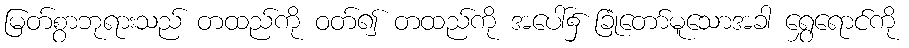
မြတ်စွာဘုရားသည် တထည်ကို ဝတ်၍ တထည်ကို အပေါ်၌ ခြုံတော်မူသောအခါ ရွှေရောင်ကို